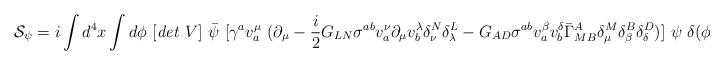
LaTeX: \begin{align*}{\cal S}_\psi=i\int d^4x \int d\phi~[{\it det}~V]~\bar{\psi}~[\gamma^{a}v^\mu_a~(\partial_\mu-\frac{i}{2}G_{LN}\sigma^{ab}v^\nu_a\partial_\mu v^\lambda_b\delta^N_\nu\delta^L_\lambda-G_{AD}\sigma^{ab}v^\beta_a v^\delta_b{\bar{\Gamma}_{MB}}^A\delta^M_\mu\delta^B_\beta\delta^D_\delta)]~\psi~\delta(\phi-\pi)\end{align*}